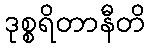
ဒုစ္စရိတာနီတိ